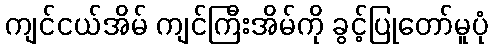
ကျင်ငယ်အိမ် ကျင်ကြီးအိမ်ကို ခွင့်ပြုတော်မူပုံ